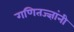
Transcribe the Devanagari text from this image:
गणितज्ज्ञांनी